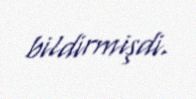
bildirmişdi.